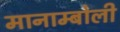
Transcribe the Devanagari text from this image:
मानाम्बोली